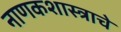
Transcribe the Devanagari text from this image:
नाणकशास्त्राचे